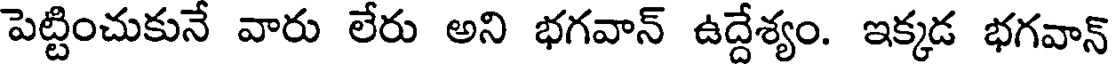
పెట్టించుకునే వారు లేరు అని భగవాన్ ఉద్దేశ్యం. ఇక్కడ భగవాన్